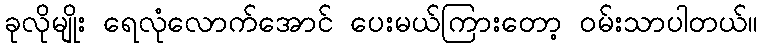
ခုလိုမျိုး ရေလုံလောက်အောင် ပေးမယ်ကြားတော့ ဝမ်းသာပါတယ်။